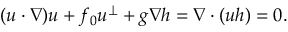
( \boldsymbol { u } \boldsymbol { \cdot } \boldsymbol { \nabla } ) \boldsymbol { u } + f _ { 0 } \boldsymbol { u } ^ { \perp } + g \boldsymbol { \nabla } h = \boldsymbol { \nabla } \boldsymbol { \cdot } ( \boldsymbol { u } h ) = 0 .